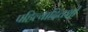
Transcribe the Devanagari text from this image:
पहिल्यादिवशी